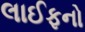
લાઈફનો